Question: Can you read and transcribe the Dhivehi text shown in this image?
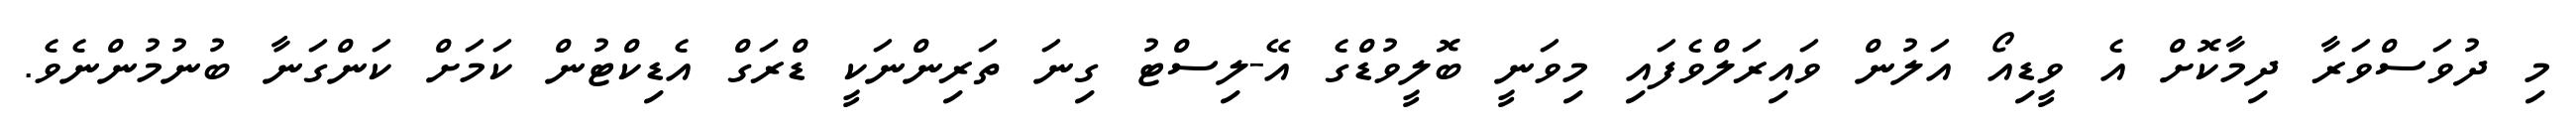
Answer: މި ދުވަސްވަރާ ދިމާކޮށް އެ ވީޑިއޯ އަލުން ވައިރަލްވެފައި މިވަނީ ބޮލީވުޑްގެ އޭ-ލިސްޓު ގިނަ ތަރިންނަކީ ޑްރަގް އެޑިކްޓުން ކަމަށް ކަންގަނާ ބުނުމުންނެވެ.